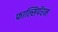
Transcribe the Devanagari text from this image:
फाल्सिपॅरम